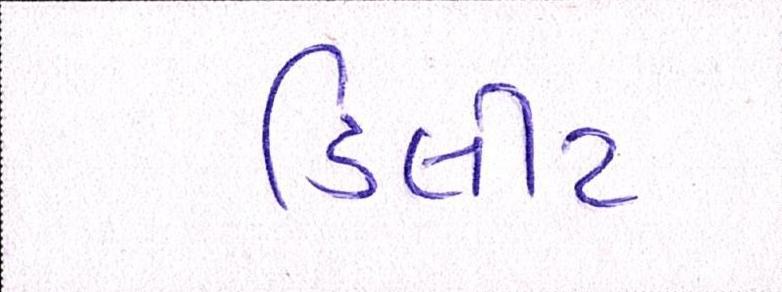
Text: ડિલીટ